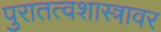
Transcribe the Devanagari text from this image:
पुरातत्वशास्त्रावर